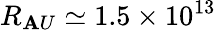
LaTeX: R_{\mathbf{A}U}\simeq1.5\times10^{13}